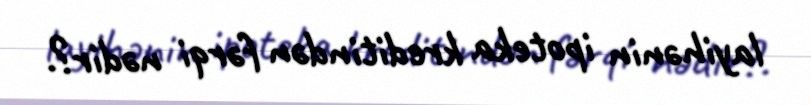
layihənin ipoteka kreditindən fərqi nədir?.